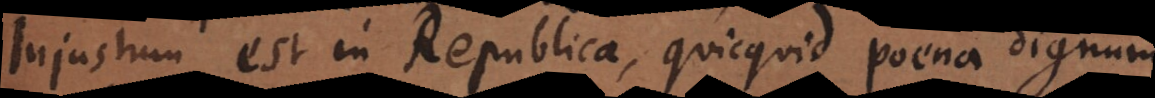
Injustum est in Republica, quicquid poena dignum